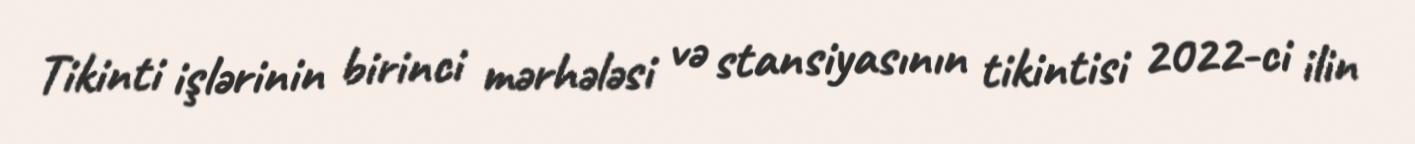
Tikinti işlərinin birinci mərhələsi və stansiyasının tikintisi 2022-ci ilin